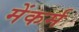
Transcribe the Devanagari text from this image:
मेंकर्म